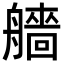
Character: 艢